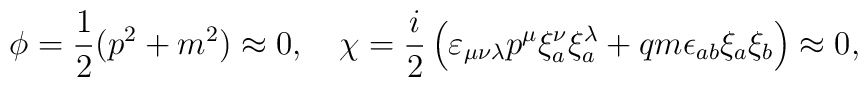
\phi = \frac{1}{2} (p^2 + m^2) \approx 0, \quad\chi = \frac{i}{2} \left(\varepsilon_{\mu\nu\lambda} p^\mu\xi^\nu_a \xi^\lambda_a + q m \epsilon_{ab} \xi_a \xi_b\right) \approx 0,